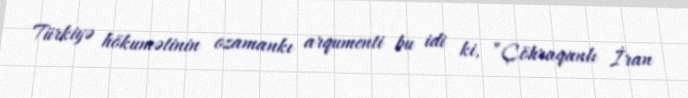
Türkiyə hökumətinin ozamankı arqumenti bu idi ki, ”Çöhraqanlı İran